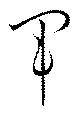
軍